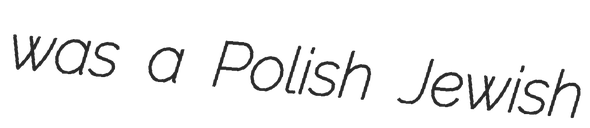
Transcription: was a Polish Jewish